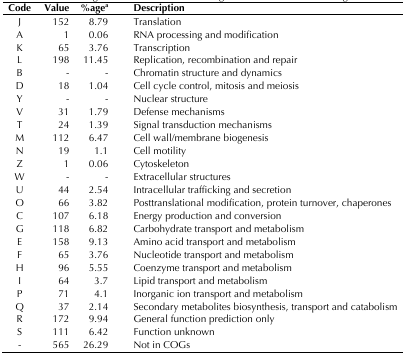
<table><thead><tr><td><b>Code</b></td><td><b>Value</b></td><td><b>%age<sup>a</sup></b></td><td><b>Description</b></td></tr></thead><tbody><tr><td>J</td><td>152</td><td>8.79</td><td>Translation</td></tr><tr><td>A</td><td>1</td><td>0.06</td><td>RNA processing and modification</td></tr><tr><td>K</td><td>65</td><td>3.76</td><td>Transcription</td></tr><tr><td>L</td><td>198</td><td>11.45</td><td>Replication, recombination and repair</td></tr><tr><td>B</td><td>-</td><td>-</td><td>Chromatin structure and dynamics</td></tr><tr><td>D</td><td>18</td><td>1.04</td><td>Cell cycle control, mitosis and meiosis</td></tr><tr><td>Y</td><td>-</td><td>-</td><td>Nuclear structure</td></tr><tr><td>V</td><td>31</td><td>1.79</td><td>Defense mechanisms</td></tr><tr><td>T</td><td>24</td><td>1.39</td><td>Signal transduction mechanisms</td></tr><tr><td>M</td><td>112</td><td>6.47</td><td>Cell wall/membrane biogenesis</td></tr><tr><td>N</td><td>19</td><td>1.1</td><td>Cell motility</td></tr><tr><td>Z</td><td>1</td><td>0.06</td><td>Cytoskeleton</td></tr><tr><td>W</td><td>-</td><td>-</td><td>Extracellular structures</td></tr><tr><td>U</td><td>44</td><td>2.54</td><td>Intracellular trafficking and secretion</td></tr><tr><td>O</td><td>66</td><td>3.82</td><td>Posttranslational modification, protein turnover, chaperones</td></tr><tr><td>C</td><td>107</td><td>6.18</td><td>Energy production and conversion</td></tr><tr><td>G</td><td>118</td><td>6.82</td><td>Carbohydrate transport and metabolism</td></tr><tr><td>E</td><td>158</td><td>9.13</td><td>Amino acid transport and metabolism</td></tr><tr><td>F</td><td>65</td><td>3.76</td><td>Nucleotide transport and metabolism</td></tr><tr><td>H</td><td>96</td><td>5.55</td><td>Coenzyme transport and metabolism</td></tr><tr><td>I</td><td>64</td><td>3.7</td><td>Lipid transport and metabolism</td></tr><tr><td>P</td><td>71</td><td>4.1</td><td>Inorganic ion transport and metabolism</td></tr><tr><td>Q</td><td>37</td><td>2.14</td><td>Secondary metabolites biosynthesis, transport and catabolism</td></tr><tr><td>R</td><td>172</td><td>9.94</td><td>General function prediction only</td></tr><tr><td>S</td><td>111</td><td>6.42</td><td>Function unknown</td></tr><tr><td>-</td><td>565</td><td>26.29</td><td>Not in COGs</td></tr></tbody></table>